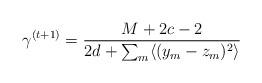
LaTeX: \begin{align*}\gamma^{(t+1)}=\frac{M+2c-2}{2d+\sum_{m}\langle(y_m-z_m)^2\rangle}\end{align*}